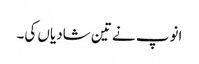
انوپ نے تین شادیاں کی۔